Annual administration report of the Civil Veterinary Department of India - 1899-1900
Year: 1899
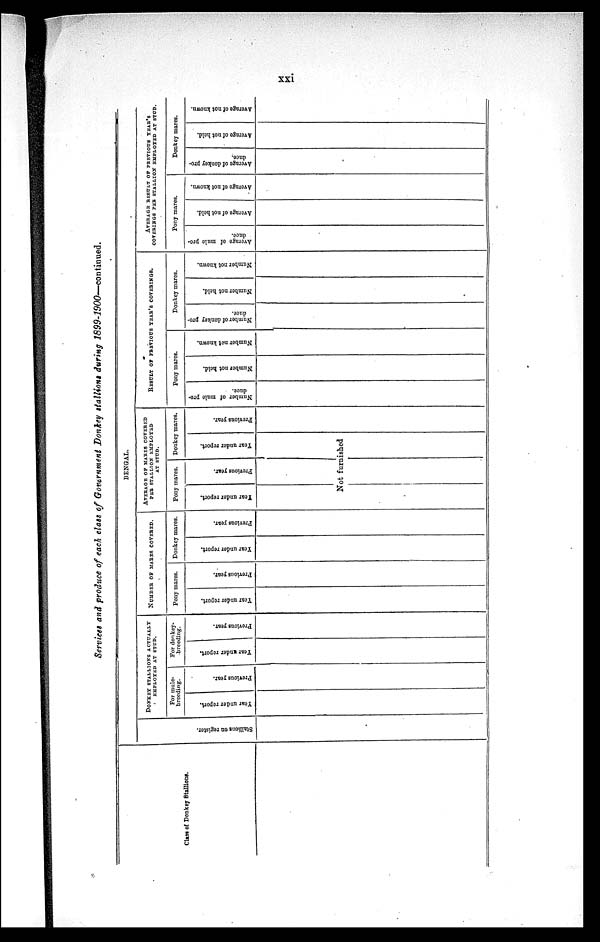
xxi
Services and produce of each class of Government Donkey stallions during 1899-1900—continued.
Class of Donkey Stallions.
BENGAL.
Stallions on register.
DONKEY STALLIONS ACTUALLY EMPLOYED AT STUD.
For mule-
breeding.
Year under report.
Previous year.
For donkey-
-breeding.
Year under report.
Previous year.
NUMBER OF MARES COVERED.
Pony mares.
Year under report.
Previous year.
Donkey mares.
Year under report.
Previous year.
AVERAGE OF MARES COVERED
PER STALLION EMPLOYED
AT STUD.
Pony mares.
Year under report.
Previous year.
Donkey mares.
Year under report.
Not furnished
Previous year.
RESULT OF PREVIOUS YEAR'S COVERINGS.
Pony mares.
Number of mule pro-
duce.
Number not held.
Number not known.
Donkey mares.
Number of donkey pro-
duce.
Number not held.
Number not known.
AVERAGE RESULT OF PREVIOUS YEAR'S
COVERINGS PER STALLION EMPLOYES AT STUD.
Pony mares.
Average of mule pro-
duce.
Average of not held.
Average of not known.
Donkey mares.
Average of donkey pro-
duce.
Average of not hold.
Average of not known.